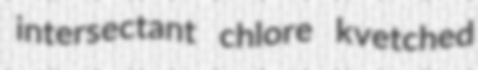
intersectant chlore kvetched